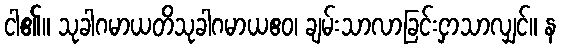
ငါ၏။ သုခါဂမာယတိသုခါဂမာယဧဝ၊ ချမ်းသာလာခြင်းငှာသာလျှင်။ န